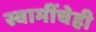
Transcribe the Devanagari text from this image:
स्वामींचेही